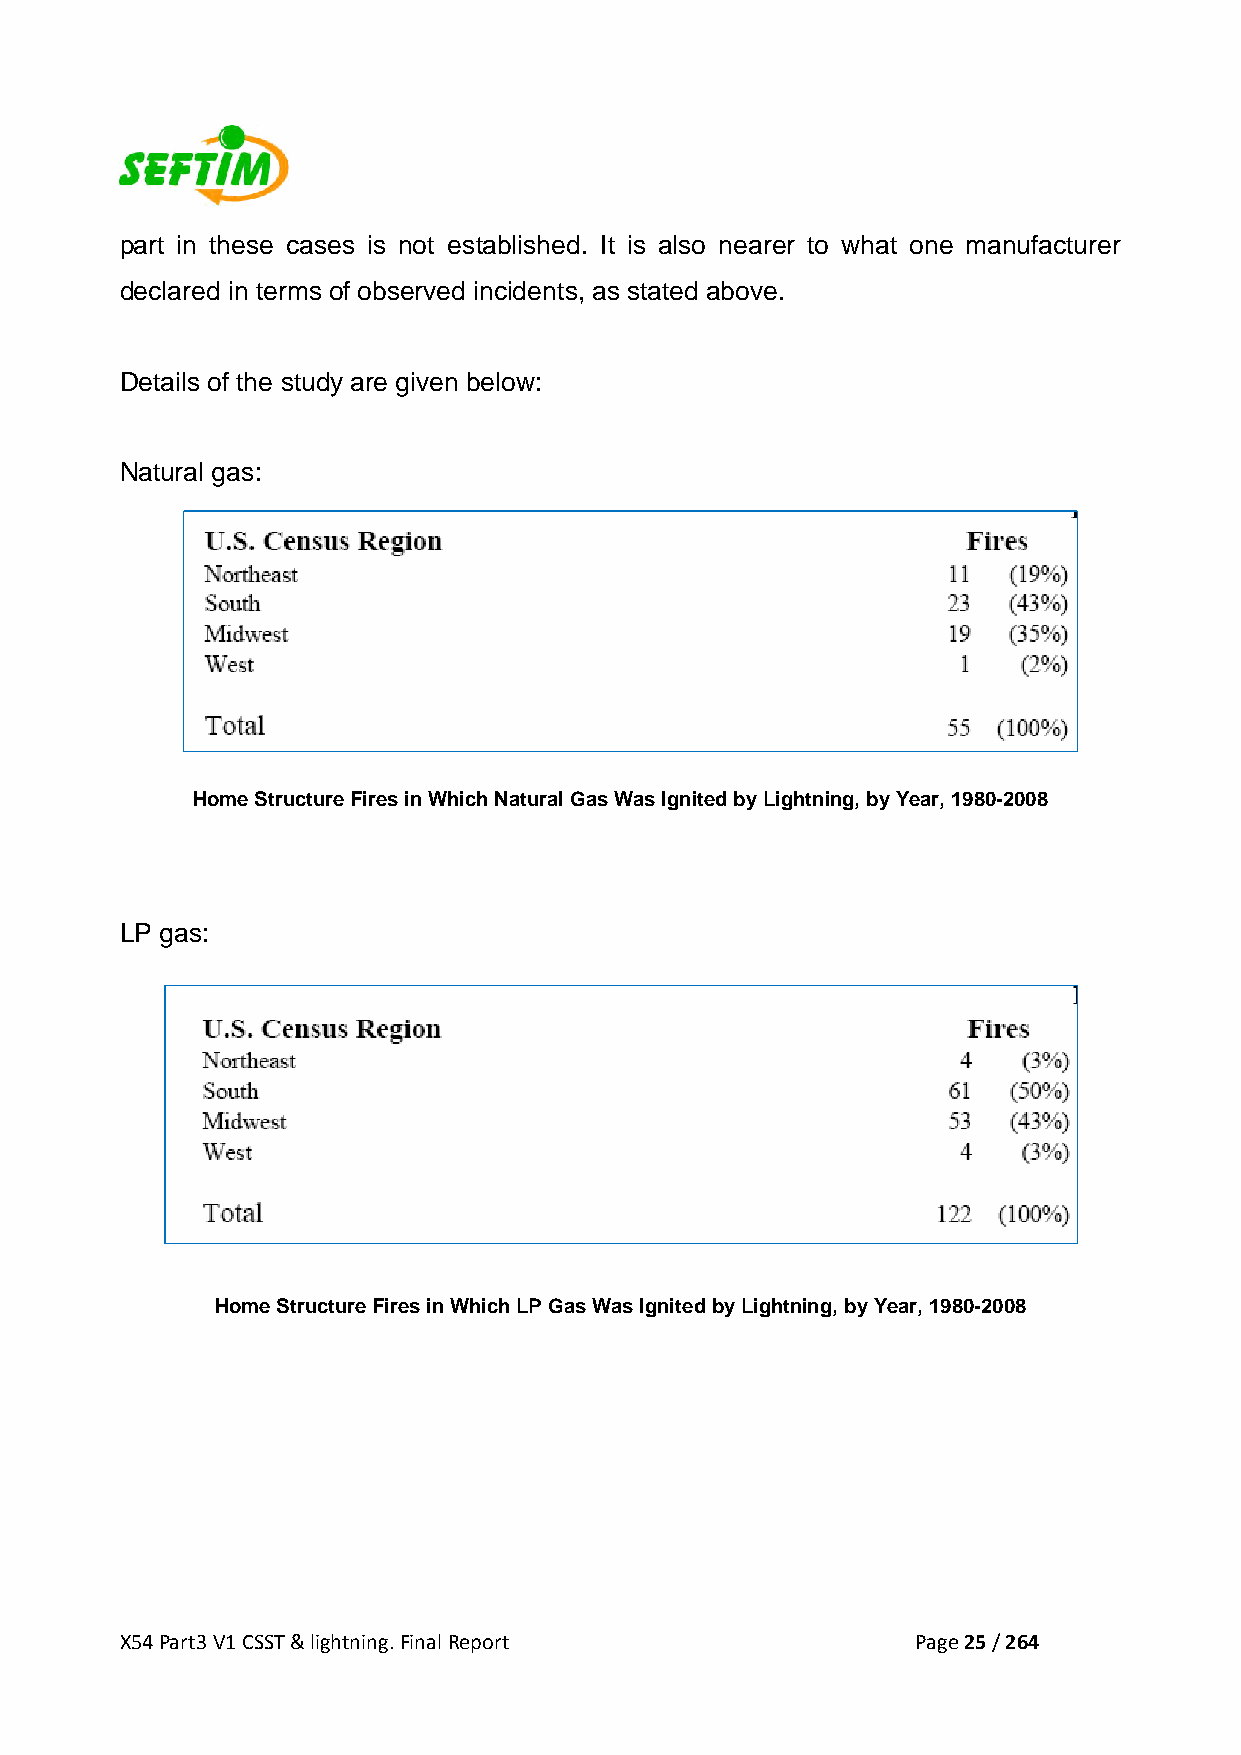
part in these cases is not established. It is also nearer to what one manufacturer
 declared in terms of observed incidents, as stated above.
 Details of the study are given below:
 Natural gas:
 Home Structure Fires in Which Natural Gas Was Ignited by Lightning, by Year, 1980-2008
 LP gas:
 Home Structure Fires in Which LP Gas Was Ignited by Lightning, by Year, 1980-2008
 X54 Part3 V1 CSST & lightning. Final Report          Page 25 / 264